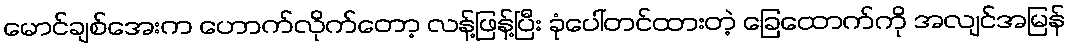
မောင်ချစ်အေးက ဟောက်လိုက်တော့ လန့်ဖြန့်ပြီး ခုံပေါ်တင်ထားတဲ့ ခြေထောက်ကို အလျင်အမြန်